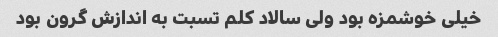
خیلی خوشمزه بود ولی سالاد کلم تسبت به اندازش گرون بود